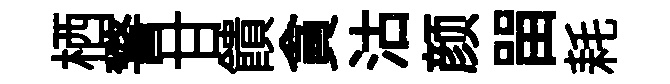
栖警甘饋貪沽颜㽞耗